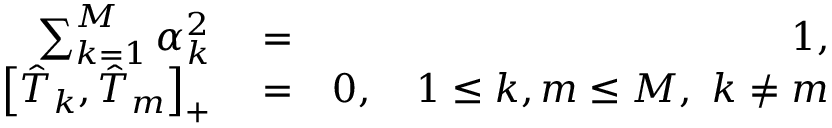
\begin{array} { r l r } { \sum _ { k = 1 } ^ { M } \alpha _ { k } ^ { 2 } } & { { } = } & { 1 , } \\ { \left[ \hat { T } _ { k } , \hat { T } _ { m } \right] _ { + } } & { { } = } & { 0 , \quad 1 \le k , m \le M , \ k \ne m } \end{array}